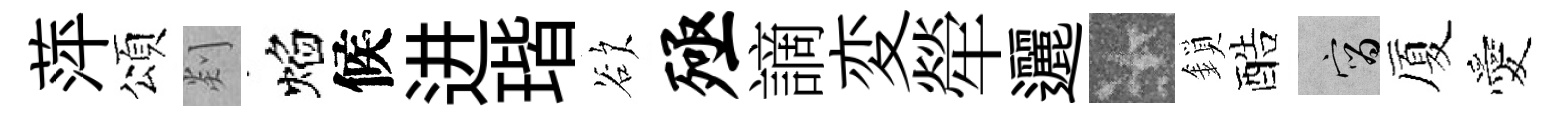
萍頌剡焰候进瑎欲殛謫変犖邐卡鎖酷宵厦愛